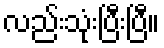
လည်းသုံးပြီးပြီ။